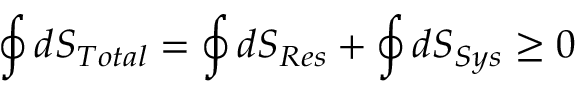
\oint d S _ { T o t a l } = \oint d S _ { R e s } + \oint d S _ { S y s } \geq 0